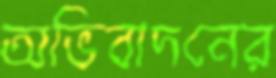
অভিবাদনের